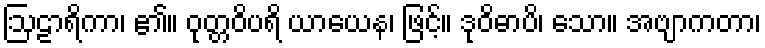
ဩဠာရိကာ၊ ၏။ ဝုတ္တဝိပရိ ယာယေန၊ ဖြင့်။ ဒုဝိဓာပိ၊ သော။ အဗျာကတာ၊